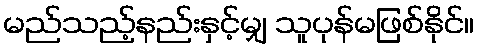
မည်သည့်နည်းနှင့်မျှ သူပုန်မဖြစ်နိုင်။